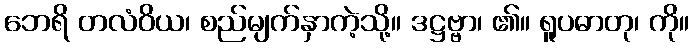
ဘေရိ တလံဝိယ၊ စည်မျက်နှာကဲ့သို့။ ဒဋ္ဌဗ္ဗာ၊ ၏။ ရူပဓာတု၊ ကို။